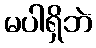
မပါရှိဘဲ